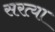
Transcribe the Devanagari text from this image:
सरत्या